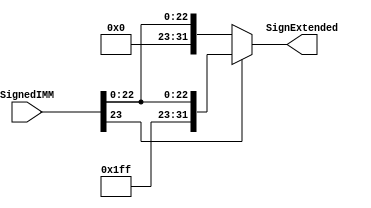
module Sign_Extend_24(SignedIMM, SignExtended);

input [23:0] SignedIMM;
output reg [31:0] SignExtended;


always @(*) begin
if (SignedIMM[23] == 1'b1) // Check the sign bit
SignExtended = {8'b11111111, SignedIMM}; // Sign extend with 1's
else
SignExtended = {8'b00000000, SignedIMM}; // Sign extend with 0's
end

endmodule